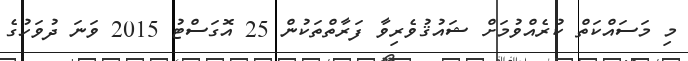
މި މަސައްކަތް ކުރެއްވުމަށް ޝައުޤުވެރިވާ ފަރާތްތަކުން 25 އޮގަސްޓު 2015 ވަނަ ދުވަހުގެ